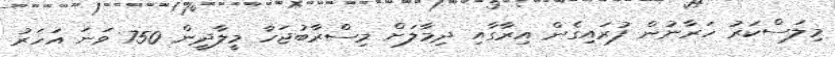
މިލަސްކަރު ހަރާނުން ފުރައިގެން އިރާގާއި ދިމާލަށް މިސްރާބުޖަހާ މީލާދީން 750 ވަނަ އަހަރު